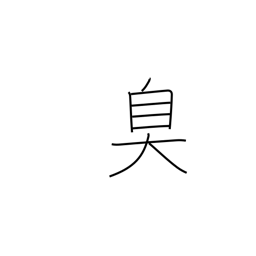
Meaning: be fragrant